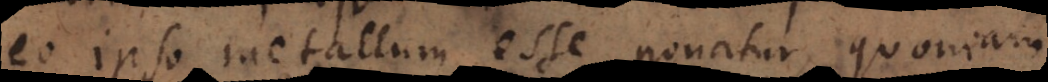
eo ipso metallum esse ponatur, quoniam